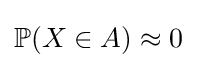
{\textstyle \mathbb {P} (X\in A)\approx 0}